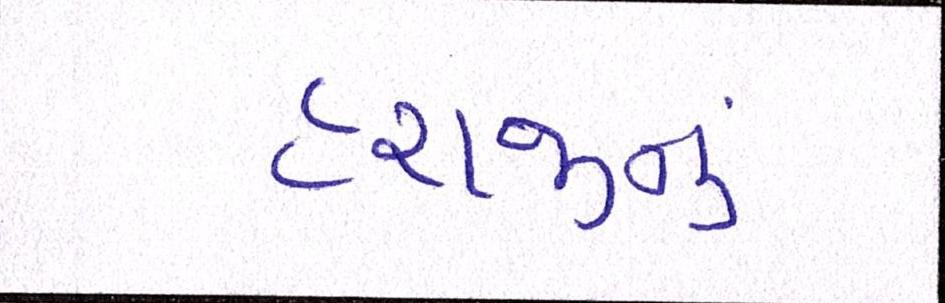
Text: હરાજીનું